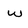
Character: w